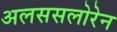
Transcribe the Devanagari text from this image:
अलससलोरेन